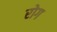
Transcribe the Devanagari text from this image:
रोग